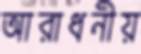
আরাধনীয়